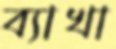
ব্যাখা